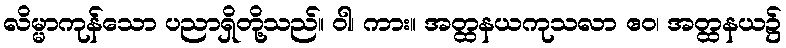
လိမ္မာကုန်သော ပညာရှိတို့သည်။ ဝါ၊ ကား။ အတ္ထနယကုသလာ ဧဝ၊ အတ္ထနယ၌